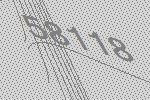
58118